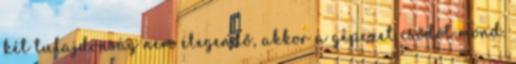
két tulajdonság nem elegendő, akkor a gépezet csődöt mond.